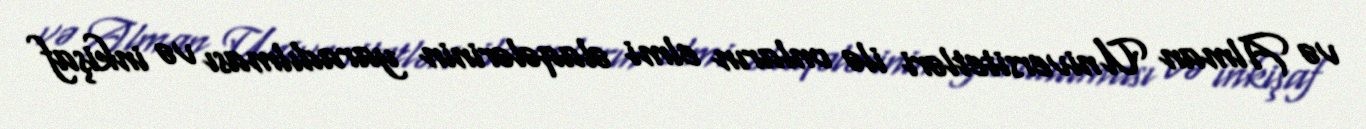
və Alman Universitetləri ilə onların elmi əlaqələrinin yaradılması və inkişaf